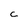
Character: c